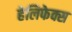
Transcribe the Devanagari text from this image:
हेलिफेक्स